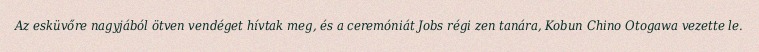
Az esküvőre nagyjából ötven vendéget hívtak meg, és a ceremóniát Jobs régi zen tanára, Kobun Chino Otogawa vezette le.